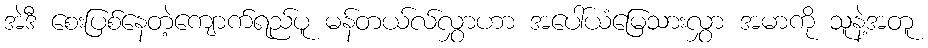
အဲဒီ စေးပြစ်နေတဲ့ကျောက်ရည်ပူ မန်တယ်လ်လွှာဟာ အပေါ်ယံမြေသားလွှာ အမာကို သူနဲ့အတူ